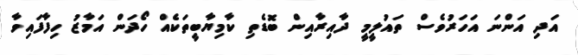
އަދި އަންނަ އަހަރުވެސް ތައުލީމީ ދާއިރާއިން ބޮޑެތި ކާމިޔާބީތަކެއް ހޯދަން އަމާޒު ހިފާފައިވާ